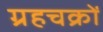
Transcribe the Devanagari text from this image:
ग्रहचक्रों